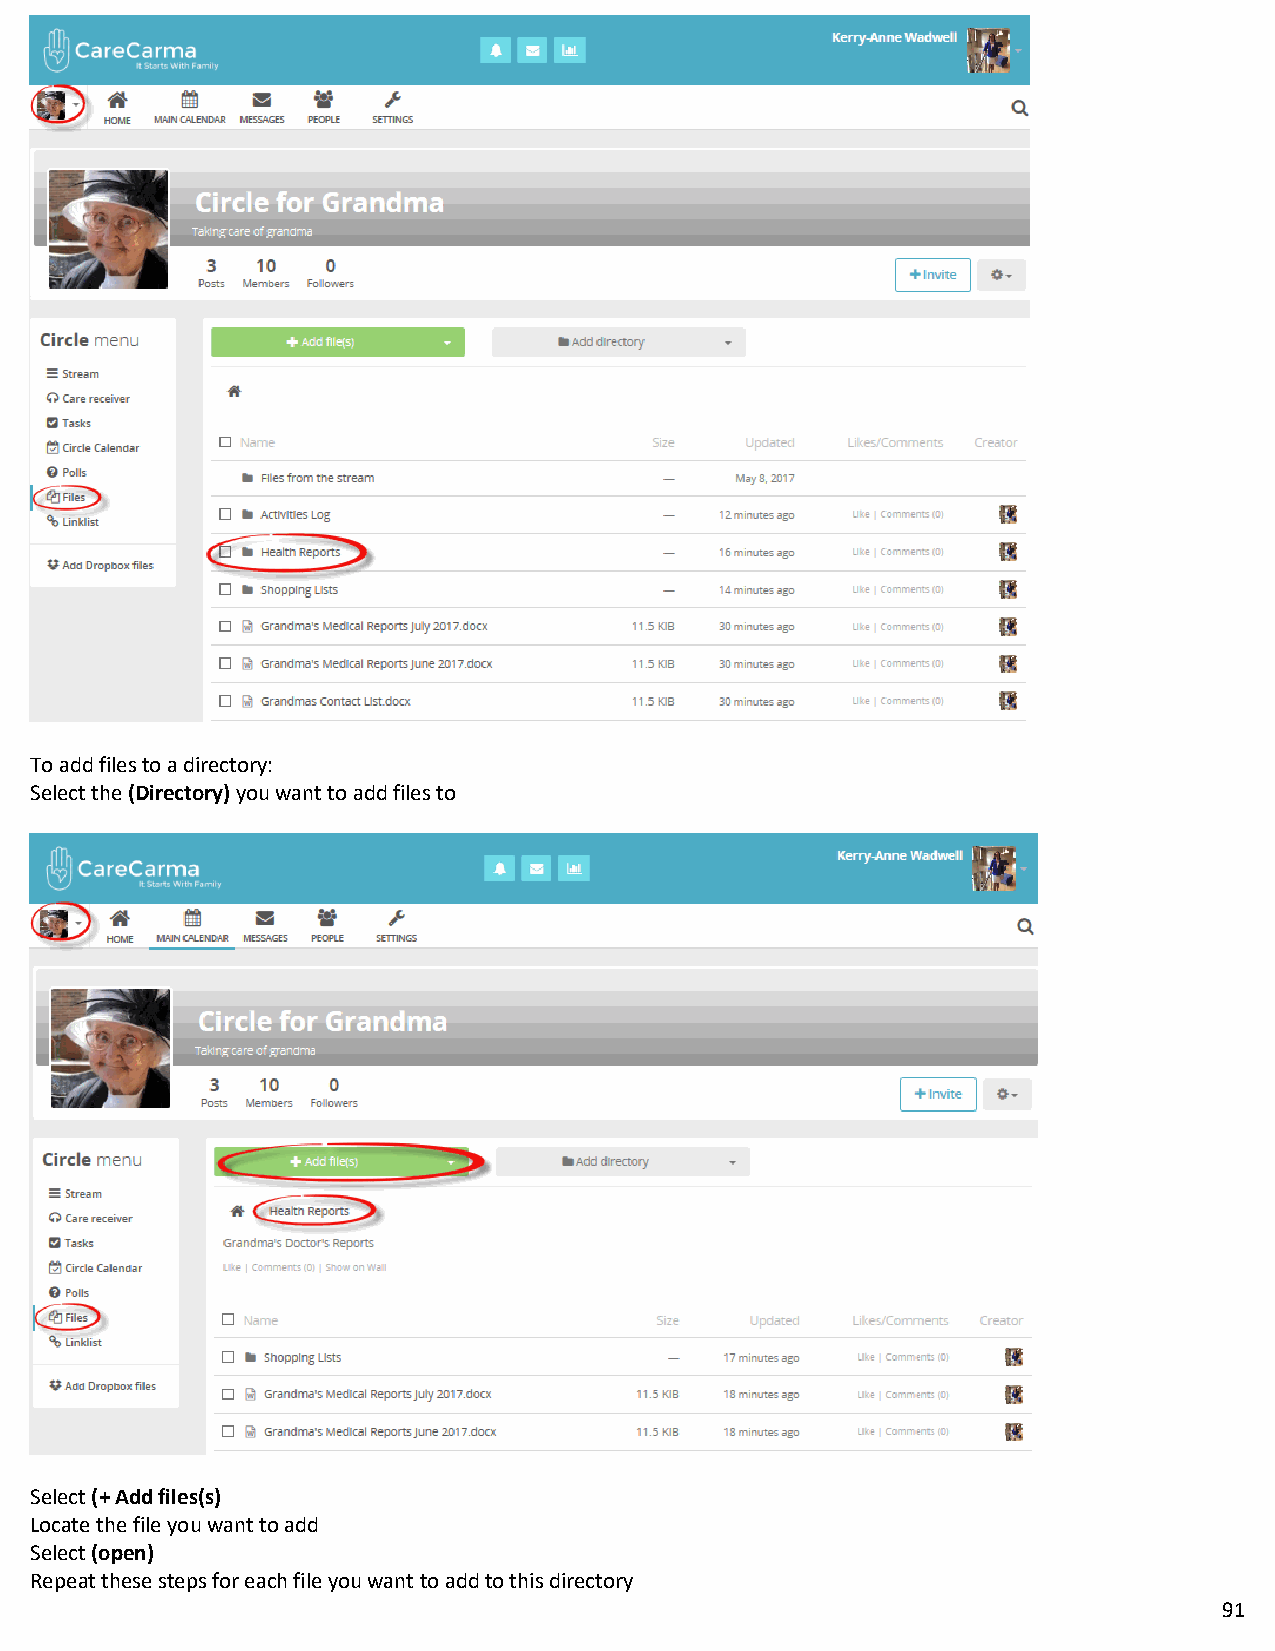
To add files to a directory:
 Select the (Directory) you want to add files to
 Select (+ Add files(s)
 Locate the file you want to add
 Select (open)
 Repeat these steps for each file you want to add to this directory
 91